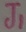
Text: J1